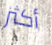
أكثر